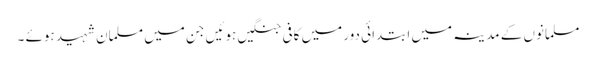
مسلمانوں کے مدینہ میں ابتدائی دور میں کافی جنگیں ہوئیں جن میں مسلمان شہید ہوئے ۔